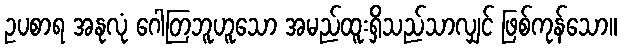
ဥပစာရ အနုလုံ ဂေါတြဘူဟူသော အမည်ထူးရှိသည်သာလျှင် ဖြစ်ကုန်သော။